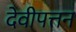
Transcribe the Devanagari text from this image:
देवीपत्तन